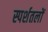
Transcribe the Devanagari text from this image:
स्पर्शतलों